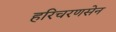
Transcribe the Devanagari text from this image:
हरिचरणसेन